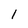
Character: 1